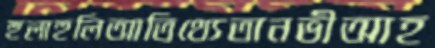
হুলাহুলিআতিথ্যেতানভীআহ